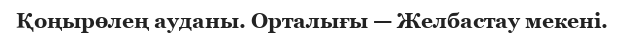
Қоңырөлең ауданы. Орталығы — Желбастау мекені.